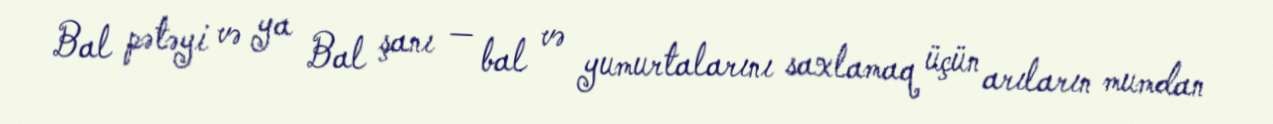
Bal pətəyi və ya Bal şanı — bal və yumurtalarını saxlamaq üçün arıların mumdan